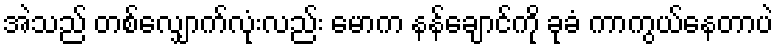
အဲသည် တစ်လျှောက်လုံးလည်း မောက နန်ချောင်ကို ခုခံ ကာကွယ်နေတာပဲ